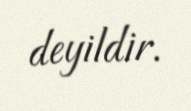
deyildir.